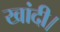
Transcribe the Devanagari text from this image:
खांदी।